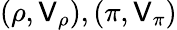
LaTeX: (\rho,\mathsf{V}_{\rho}),(\pi,\mathsf{V}_{\pi})